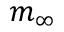
m _ { \infty }